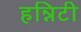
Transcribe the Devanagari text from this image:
हन्निटी